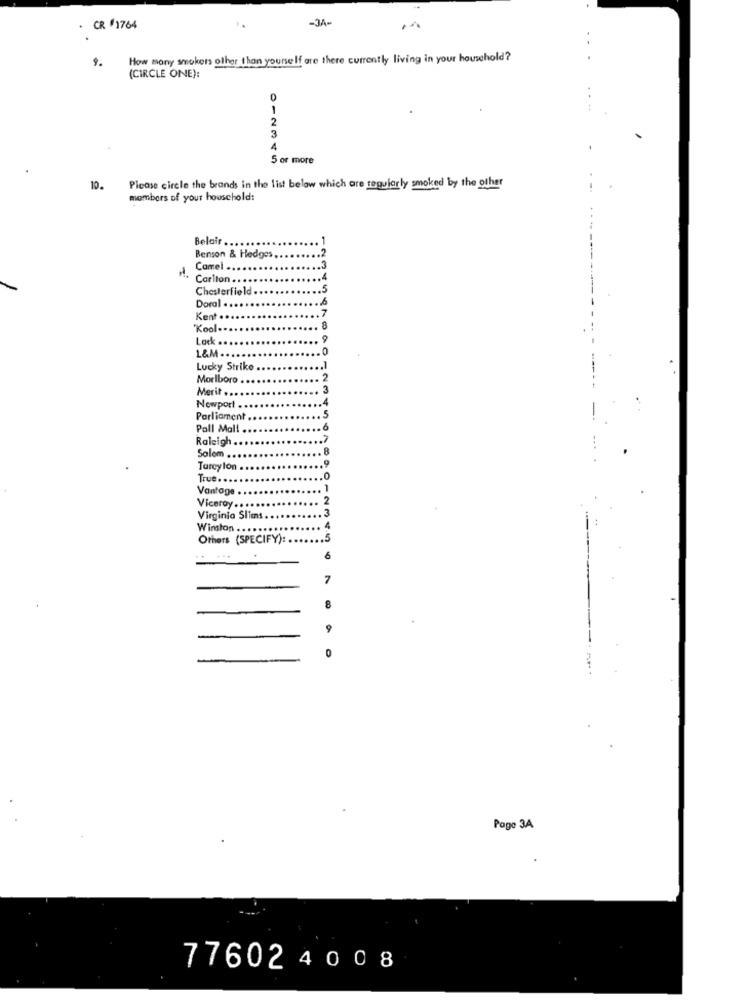
-JA-
· CR #1764
How many smokers other than yourself are there currently living in your household?
9.
(CIRCLE ONE):
-
2
3
4
5 or more
10.
Please circle the brands in the list below which are regularly smoked by the other
members of your household:
Belair.
Benson & Hedges
Camel ....
Carlton .. .
Chesterfield
Doral
Kent ·
'Kool
Lock
Lucky Strike
Moriboro
Merit .... ..
Newport ....
Parliament
Pall Mall
Raleigh
Solem .
Tarcylon
True. ..
Vantage
Viceroy .. ..
Virginia Slims.
Winston .....
Others (SPECIFY): .
.5
6
7
0
Page 3A
776024008